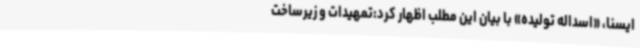
ایسنا، «اسداله تولیده» با بیان این مطلب اظهار کرد:تمهیدات و زیرساخت